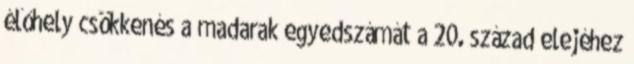
élőhely csökkenés a madarak egyedszámát a 20. század elejéhez